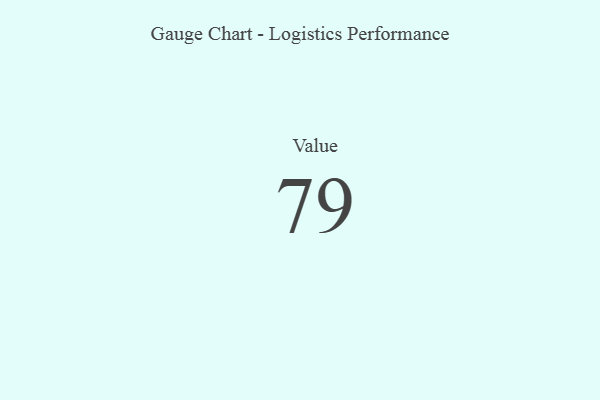
{"axis": {"x": "Metric", "y": "Value"}, "legend": [""], "data": [{"x": "Value", "y": 79, "type": ""}]}